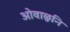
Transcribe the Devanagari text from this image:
ओवाळुनि